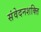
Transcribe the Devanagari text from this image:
संवेदनशक्ति